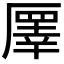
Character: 𠪯